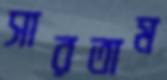
সারতাম